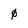
Character: 0